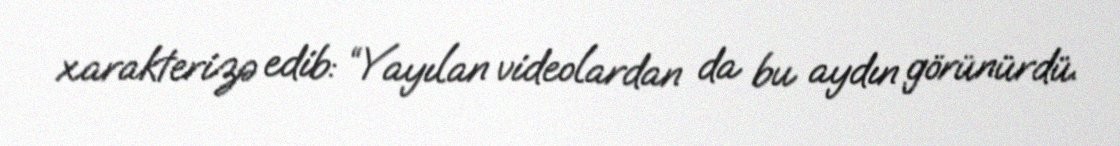
xarakterizə edib: “Yayılan videolardan da bu aydın görünürdü.